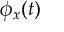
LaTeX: \phi _ { x } ( t )